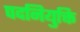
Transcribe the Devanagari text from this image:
पदनियुक्ति